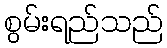
စွမ်းရည်သည်